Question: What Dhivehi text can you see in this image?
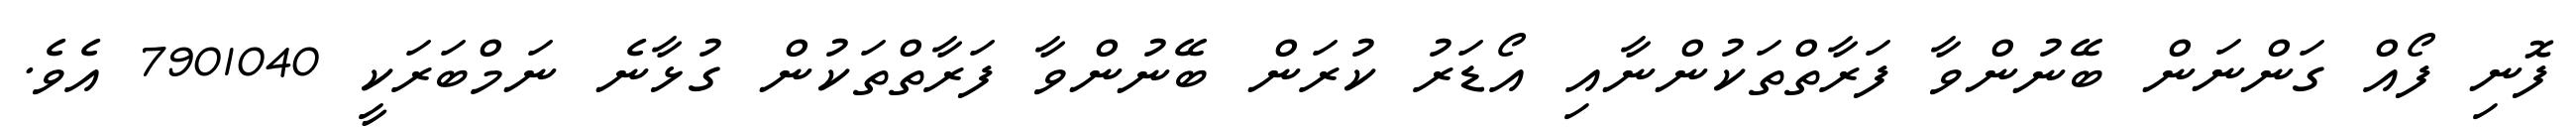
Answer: ފޮނި ފޯއް ގަންނަން ބޭނުންވާ ފަރާތްތަކުންނާއި އޯޑަރު ކުރަން ބޭނުންވާ ފަރާތްތަކުން ގުޅާނެ ނަމްބަރަކީ 7901040 އެވެ.